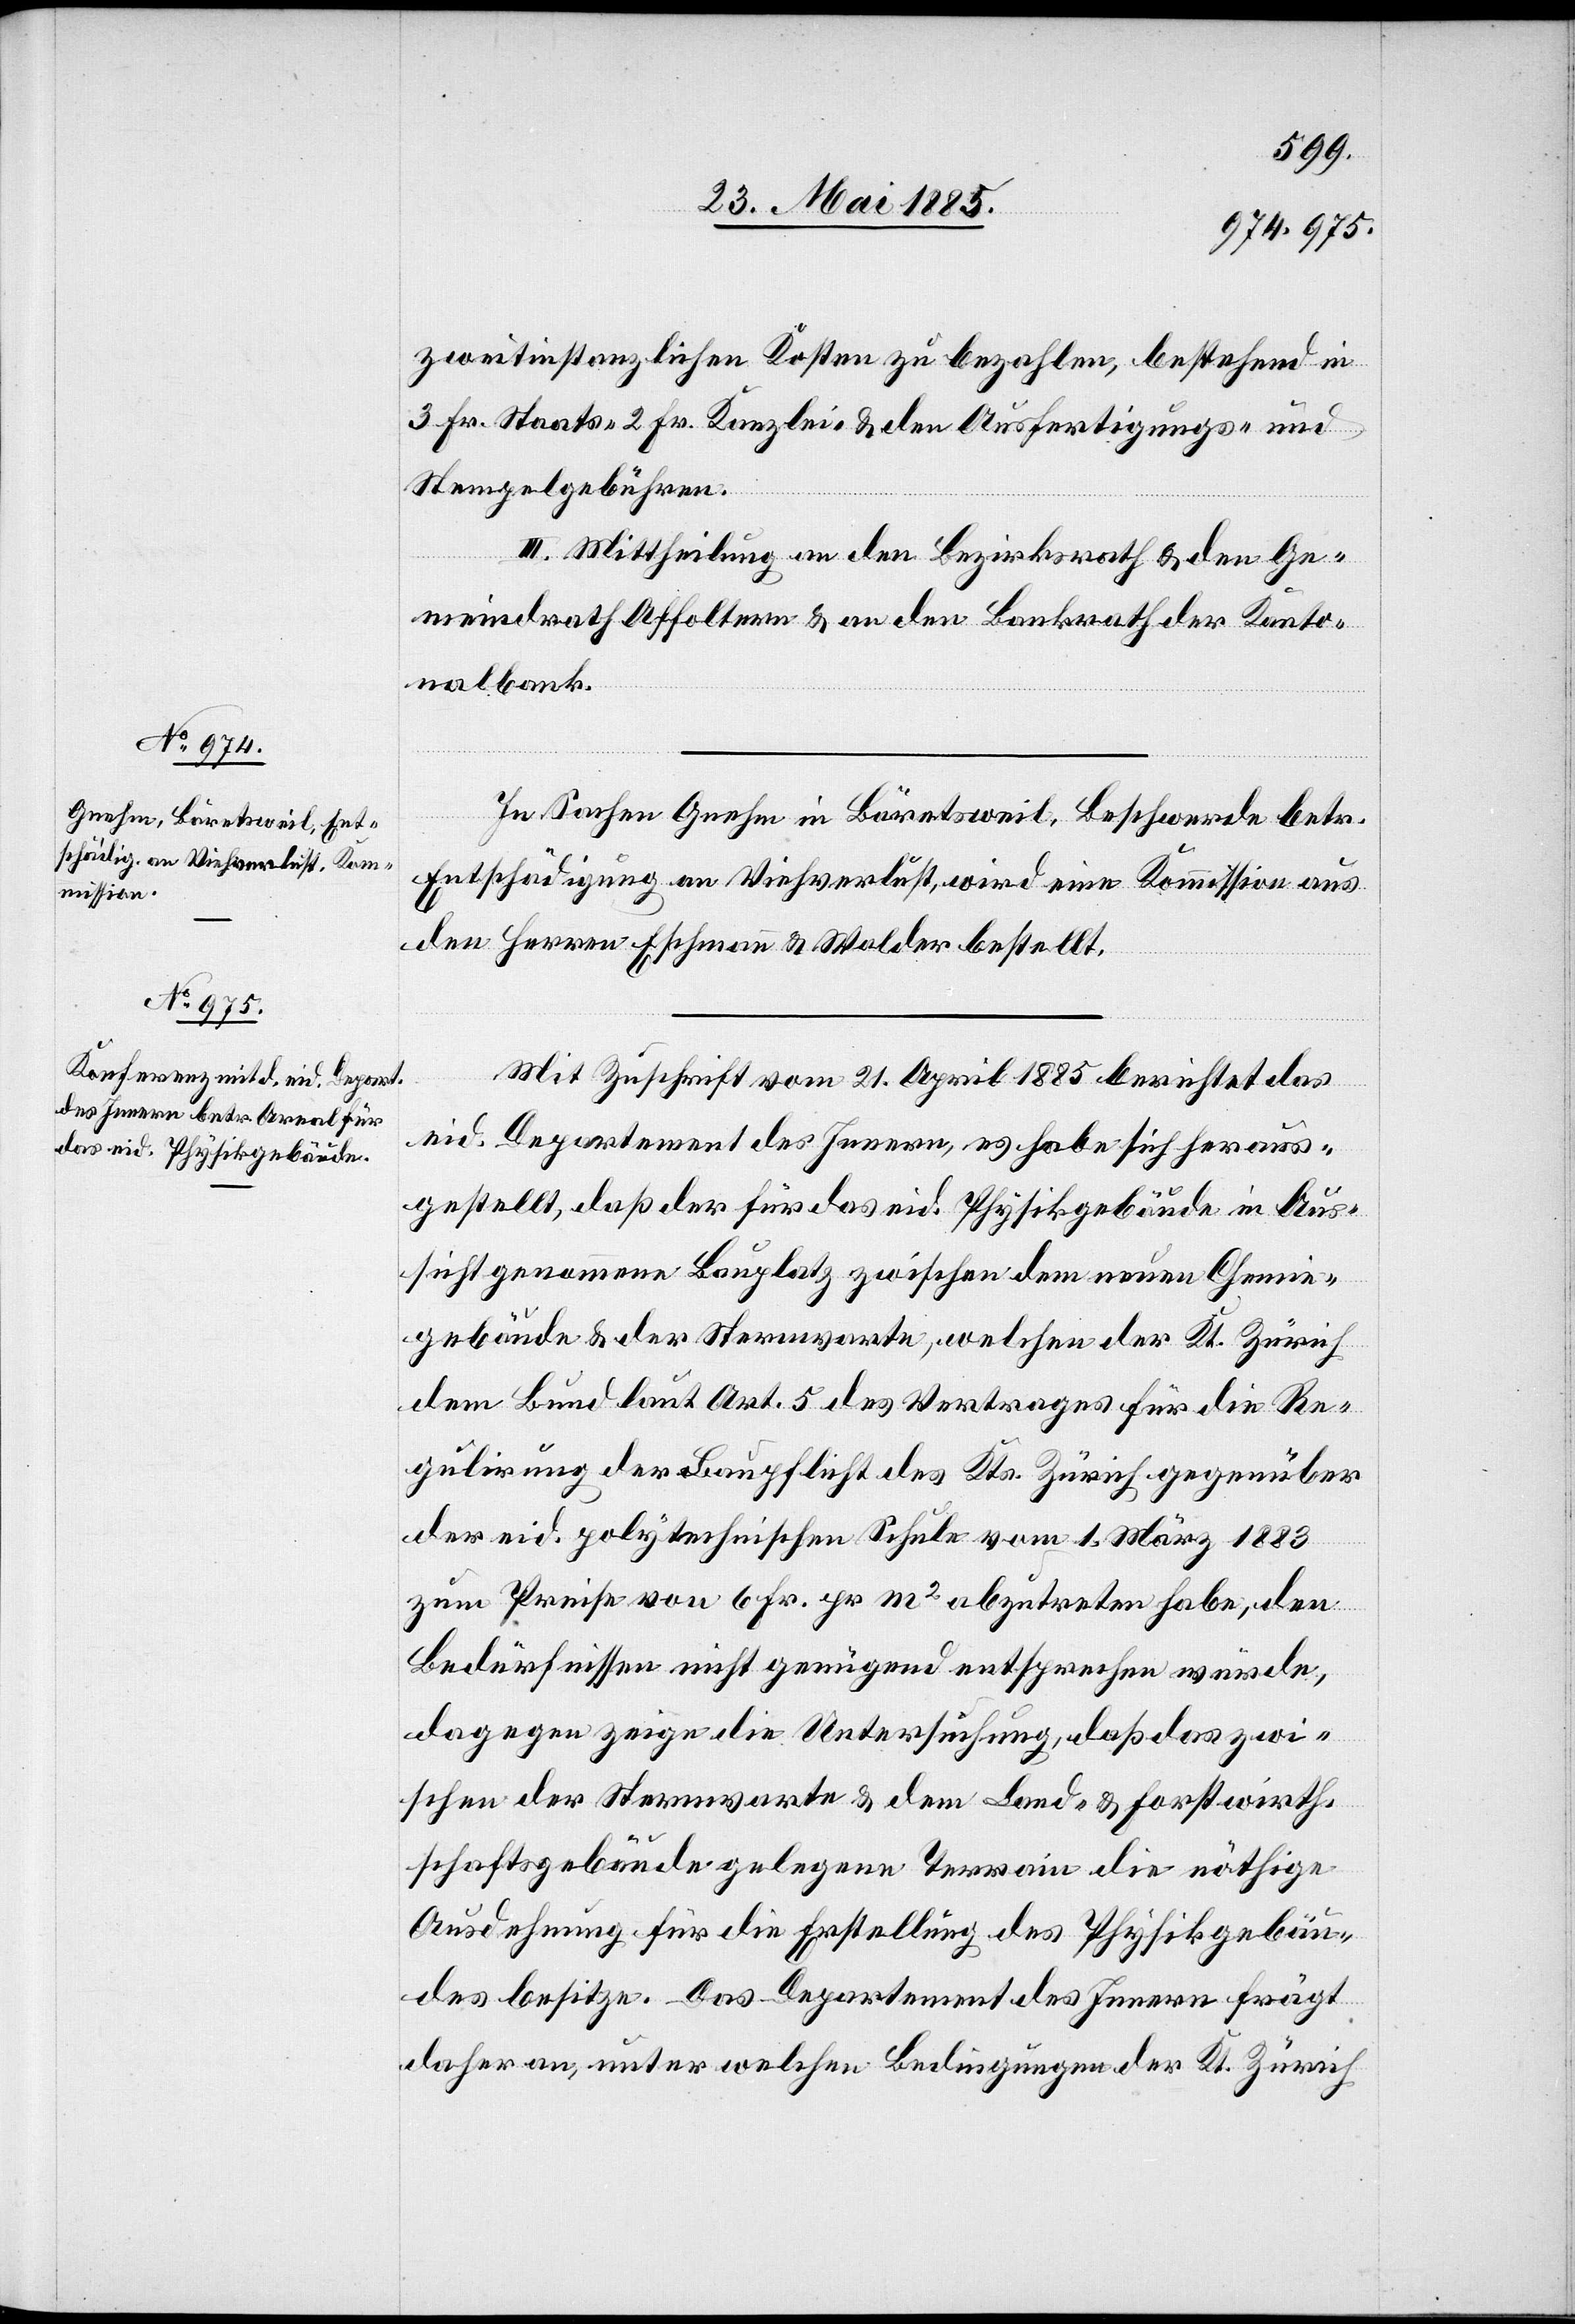
zweitinstanzlichen Kosten zu bezahlen, bestehend in
3 Fr. Staats-[,] 2 Fr. Kanzlei- & den Ausfertigungs- und
Stempelgebühren.
III. Mittheilung an den Bezirksrath & den Ge¬
meindrath Affoltern & an den Bankrath der Kanto¬
nalbank.
In Sachen Gnehm in Bäretsweil, Beschwerde betr.
Entschädigung an Viehverlust, wird eine Kommission aus
den Herren Eschmann & Walder bestellt.
Mit Zuschrift vom 21. April 1885 berichtet das
eid. Departement des Innern, es habe sich heraus¬
gestellt, daß der für das eid. Physikgebäude in Aus¬
sicht genommene Bauplatz zwischen dem neuen Chemie¬
gebäude & der Sternwarte, welchen der Kt. Zürich
dem Bund laut Art. 5 des Vertrages für die Re¬
gulirung der Baupflicht des Kts. Zürich gegenüber
der eid. polytechnischen Schule vom 1. März 1883
zum Preise von 6 Fr. pr m2 abzutreten habe, den
Bedürfnissen nicht genügend entsprechen würde,
dagegen zeige die Untersuchung, daß das zwi¬
schen der Sternwarte & dem Land- & Forstwirth¬
schaftsgebäude gelegene Terrain die nöthige
Ausdehnung für die Erstellung des Physikgebäu¬
des besitze. Das Departement des Innern frägt
daher an, unter welchen Bedingungen der Kt. Zürich